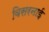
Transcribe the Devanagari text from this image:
विसरनाई